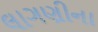
લાગણીના